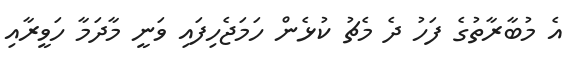
އެ މުބާރާތުގެ ފަހު ދެ މެޗު ކުޅެން ހަމަޖެހިފައި ވަނީ މާދަމާ ހަވީރާއި